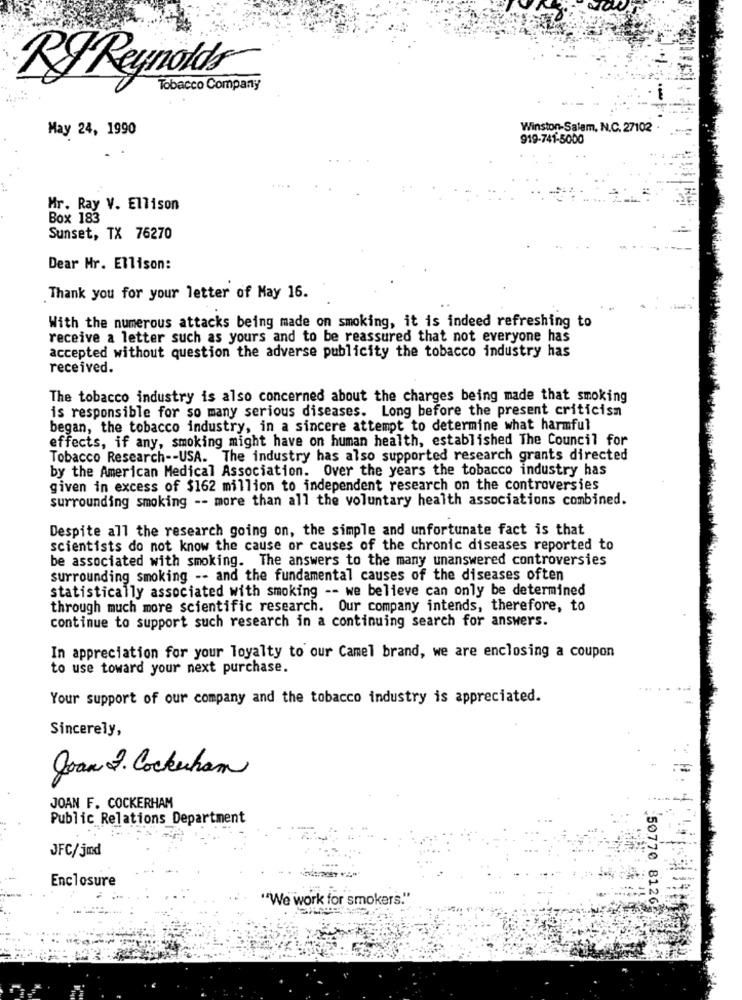
RF Reynolds
Tobacco Company
May 24, 1990
Winston-Salem, N.C. 27102 .
919-741-5000
Mr. Ray V. Ellison
Box 183
Sunset, TX 76270
Dear Hr. Ellison:
Thank you for your letter of May 16.
With the numerous attacks being made on smoking, it is indeed refreshing to
receive a letter such as yours and to be reassured that not everyone has
accepted without question the adverse publicity the tobacco industry has
received.
The tobacco industry is also concerned about the charges being made that smoking
is responsible for so many serious diseases. Long before the present criticism
began, the tobacco industry, in a sincere attempt to determine what harmful
effects, if any, smoking might have on human health, established The Council for
Tobacco Research -- USA. The industry has also supported research grants directed
by the American Medical Association. Over the years the tobacco industry has
given in excess of $162 million to independent research on the controversies
surrounding smoking -- more than all the voluntary health associations combined.
Despite all the research going on, the simple and unfortunate fact is that
scientists do not know the cause or causes of the chronic diseases reported to
be associated with smoking. The answers to the many unanswered controversies
surrounding smoking -- and the fundamental causes of the diseases often
statistically associated with smoking -- we believe can only be determined
through much more scientific research. Our company intends, therefore, to
continue to support such research in a continuing search for answers.
In appreciation for your loyalty to our Camel brand, we are enclosing a coupon
to use toward your next purchase.
Your support of our company and the tobacco industry is appreciated.
Sincerely,
Joan 2. Cockerham
JOAN F. COCKERHAM
Public Relations Department
JFC/jmd
Enclosure
"We work for smokers."
50770 81262